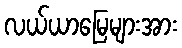
လယ်ယာမြေများအား